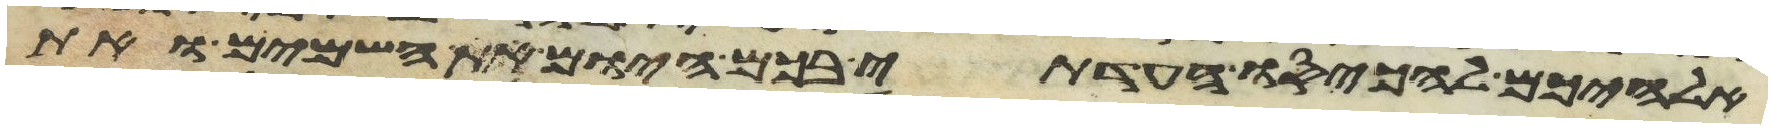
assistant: אלהיכם להכעיסו העדתי בכם היום את השמים ואת